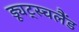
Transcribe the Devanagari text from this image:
ड्यूट्स्चलैंड